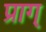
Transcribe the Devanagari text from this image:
प्राग्‌